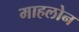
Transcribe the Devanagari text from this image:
माहलोन